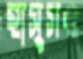
হাসুসও